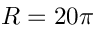
R = 2 0 \pi